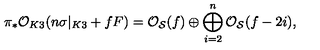
\pi _ { * } { \cal O } _ { K 3 } ( n \sigma | _ { K 3 } + f F ) = { \cal O } _ { { \cal S } } ( f ) \oplus \bigoplus _ { i = 2 } ^ { n } { \cal O } _ { { \cal S } } ( f - 2 i ) ,